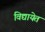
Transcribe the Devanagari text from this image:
विद्यायेत